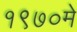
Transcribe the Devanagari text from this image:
१९७०मे